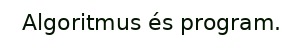
Algoritmus és program.